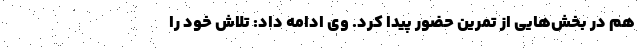
هم در بخش‌هایی از تمرین حضور پیدا کرد. وی ادامه داد: تلاش خود را